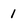
Character: 1